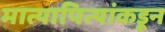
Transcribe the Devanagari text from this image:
मात्यापित्यांकडून